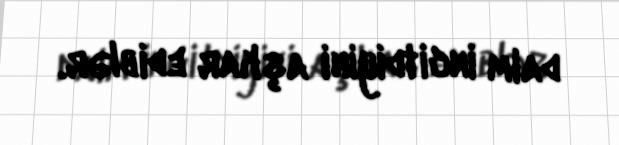
daim incitdiyini aşkar ediblər.